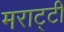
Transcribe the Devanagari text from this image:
मराट्टी